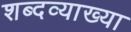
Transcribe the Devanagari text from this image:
शब्दव्याख्या